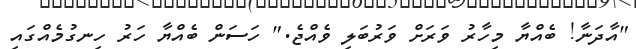
"އާދަނާ! ބެއްޔާ މިހާރު ވަރަށް ވަރުބަލި ވެއްޖެ." ހަސަން ބެއްޔާ ހަރު ހިނގުމެއްގައި